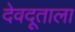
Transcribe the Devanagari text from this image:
देवदूताला